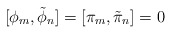
\begin{align*}[\phi_{m} , \tilde{\phi}_{n} ] = [\pi_{m} , \tilde{\pi}_{n} ] = 0\end{align*}